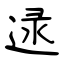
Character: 逯